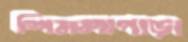
শিমলাপাড়া